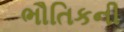
ભૌતિકની